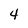
Character: 4